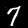
Label: 7